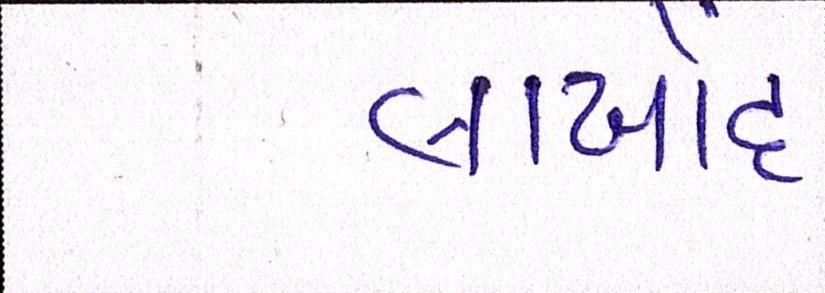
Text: લાખોંદ